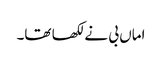
اماں بی نے لکھا تھا۔